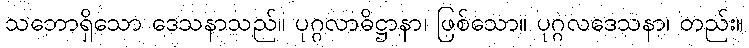
သဘောရှိသော ဒေသနာသည်။ ပုဂ္ဂလာဓိဋ္ဌာနာ၊ ဖြစ်သော။ ပုဂ္ဂလဒေသနာ၊ တည်း။